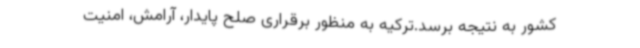
کشور به نتیجه برسد.ترکیه به منظور برقراری صلح پایدار، آرامش، امنیت